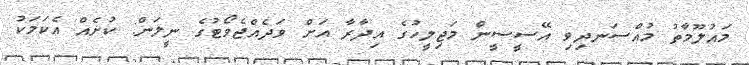
މައުލޫމާތު މުއްސަނދިވި އޭސީސީން މަޖިލީހުގެ އިދާރާ އަށް ވަދެއްޖެވޯޓުގެ ނީލަން: ކުށެއް އެކަމަކު